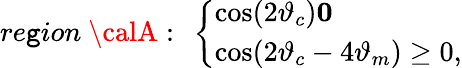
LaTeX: re\mathtt{g}ion~{\calA}:~\left\{ \begin{array}{l}{{\cos(2\vartheta_{c})\le 0}}\\ {{\cos(2\vartheta_{c}-4\vartheta_{m})\ge 0,}}\end{array}\right.